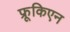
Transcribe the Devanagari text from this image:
फ्रूकिएन